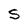
Character: s